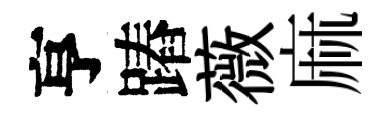
亨蹖薇麻